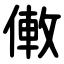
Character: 僌